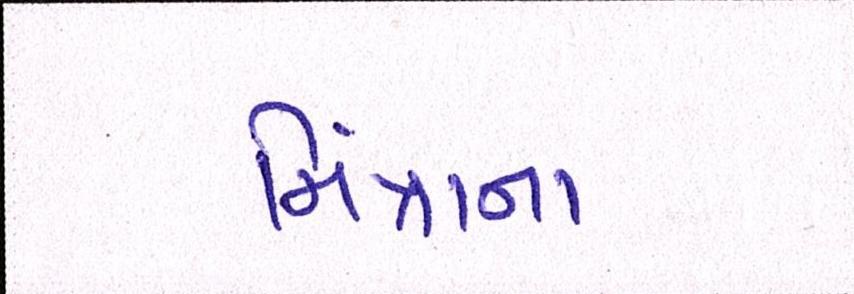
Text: મિંત્રાના